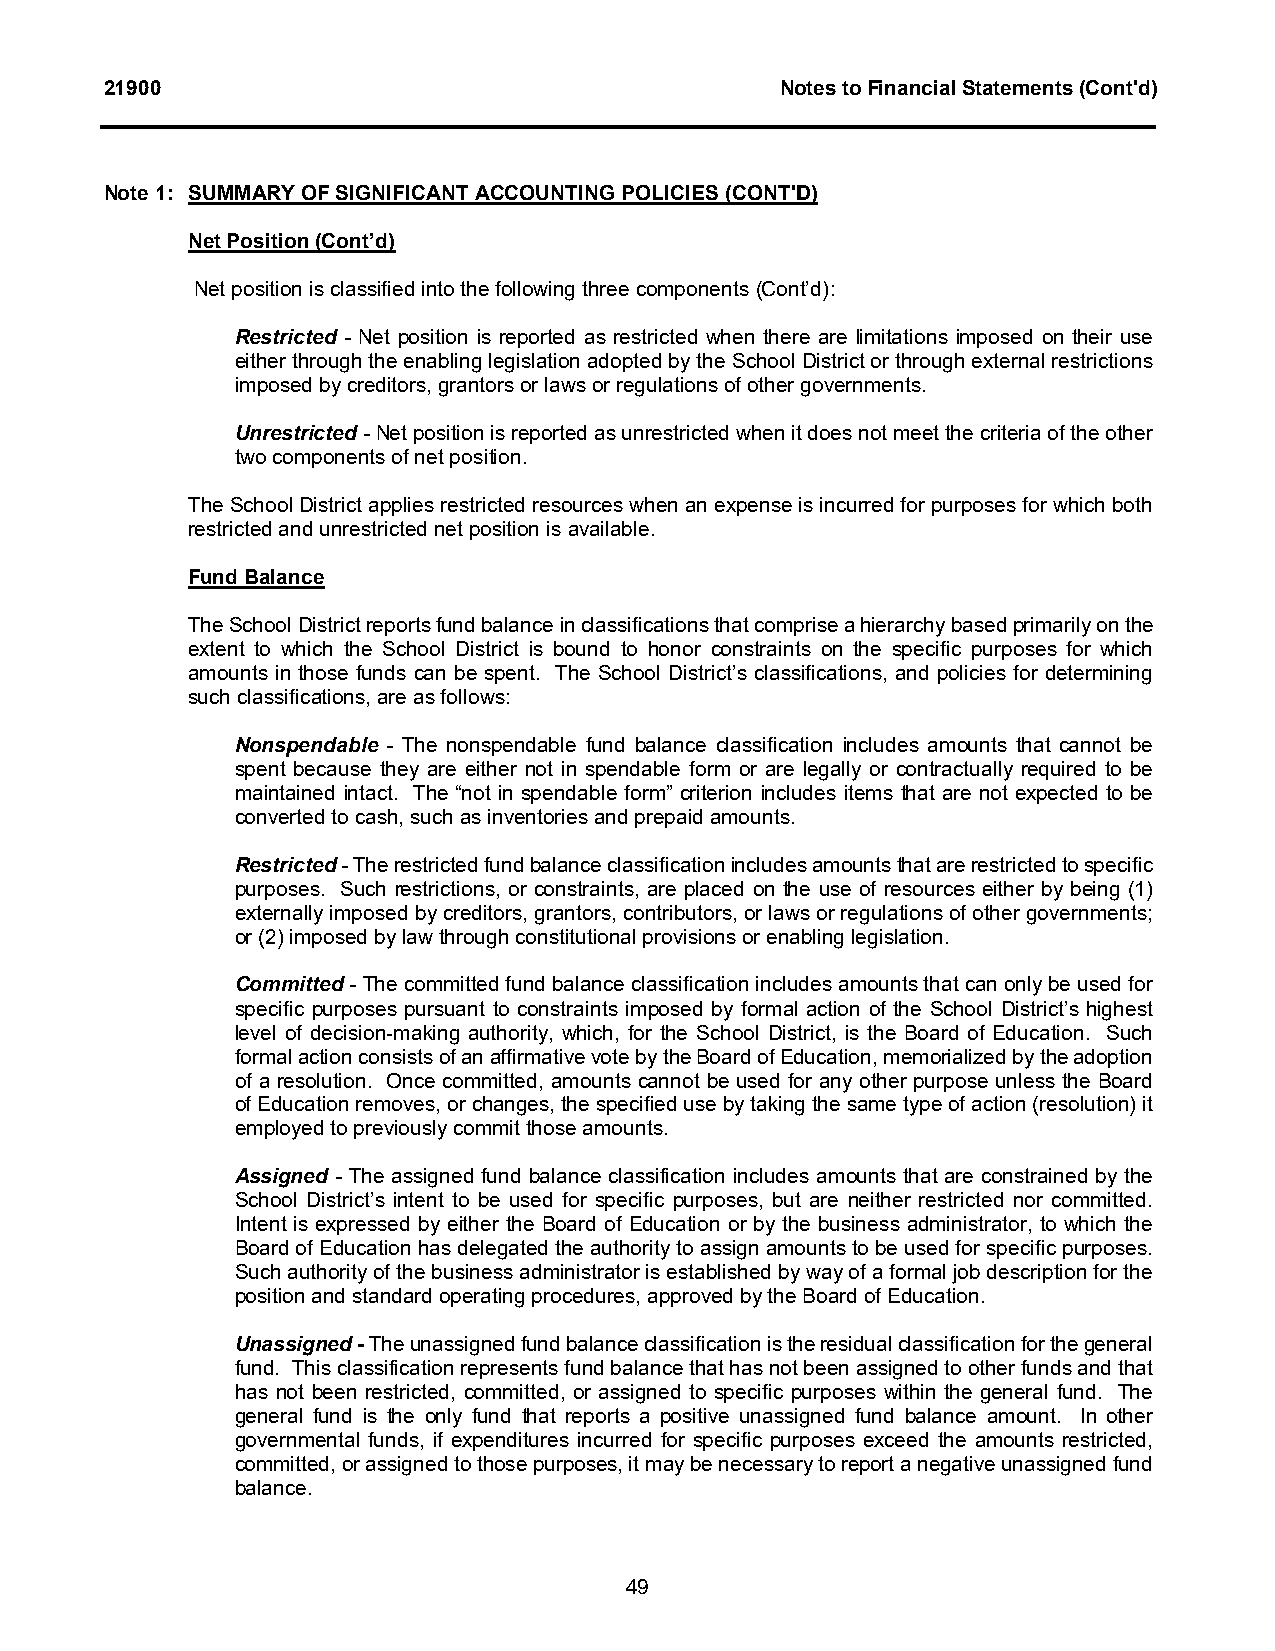
21900                                        Notes to Financial Statements (Cont'd)
 Note 1: SUMMARY OF SIGNIFICANT ACCOUNTING POLICIES (CONT'D)
 Net Position(Cont’d)
 Net position is classified into the following three components(Cont’d):
 Restricted - Net position is reported as restricted when there are limitations imposed on their use
 either through the enabling legislation adopted by the SchoolDistrict or through external restrictions
 imposed by creditors, grantors or laws or regulations of other governments.
 Unrestricted-Net position is reported as unrestricted when it does not meet the criteria of the other
 two components of net position.
 The SchoolDistrict applies restricted resources when an expense is incurred for purposes for which both
 restricted and unrestricted net position isavailable.
 Fund Balance
 The School District reports fund balance in classifications that comprise a hierarchy based primarily on the
 extent to which the School District is bound to honor constraints on the specific purposes for which
 amounts in those funds can be spent. The School District’s classifications, and policies for determining
 such classifications, are as follows:
 Nonspendable - The nonspendable fund balance classification includes amounts that cannot be
 spent because they are either not in spendable form or are legally or contractually required to be
 maintained intact. The “not in spendable form” criterion includes items that are not expected to be
 converted to cash, such as inventories and prepaid amounts.
 Restricted-The restricted fund balance classification includes amounts that are restricted to specific
 purposes. Such restrictions, or constraints, are placed on the use of resources either by being (1)
 externally imposed by creditors, grantors, contributors, or laws or regulations of other governments;
 or (2) imposed by law through constitutional provisions or enabling legislation.
 Committed-The committed fund balance classification includes amounts that can only be used for
 specific purposes pursuant to constraints imposed by formal action of the School District’s highest
 level of decision-making authority, which, for the School District, is the Board of Education. Such
 formal action consists of an affirmative vote by the Board of Education, memorialized by the adoption
 of a resolution. Once committed, amounts cannot be used for any other purpose unless the Board
 of Education removes, or changes, the specified use by taking the same type of action (resolution) it
 employed to previously commit those amounts.
 Assigned - The assigned fund balance classification includes amounts that are constrained by the
 School District’s intent to be used for specific purposes, but are neither restricted nor committed.
 Intent is expressed by either the Board of Education or by the business administrator, to which the
 Board of Education has delegated the authority to assign amounts to be used for specific purposes.
 Such authority of the business administrator is established by way of a formal job description for the
 position and standard operating procedures, approved by the Board of Education.
 Unassigned -The unassigned fund balance classification is theresidual classification for the general
 fund. This classification represents fund balance that has not been assigned to other funds and that
 has not been restricted, committed, or assigned to specific purposes within the general fund. The
 general fund is the only fund that reports a positive unassigned fund balance amount. In other
 governmental funds, if expenditures incurred for specific purposes exceed the amounts restricted,
 committed, or assigned to those purposes, it may be necessary to report a negative unassigned fund
 balance.
 49